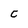
Character: C